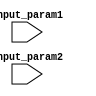
module generate_task_block
  (
    input [7:0] input_param1,
    input [7:0] input_param2
  );

  task generated_task;
    input [7:0] param1;
    input [7:0] param2;
    begin
      // perform some operations using input_param1 and input_param2
      // generate output task based on specific conditions
    end
  endtask

  initial begin
    // use the generated task block based on runtime conditions
    generated_task(input_param1, input_param2);
  end

endmodule